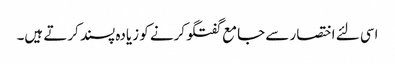
اسی لئے اختصار سے جامع گفتگو کرنے کو زیادہ پسند کرتے ہیں۔